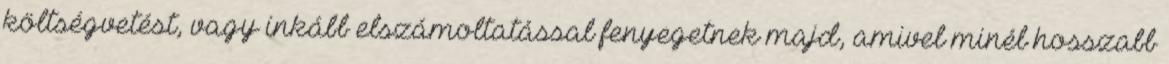
költségvetést, vagy inkább elszámoltatással fenyegetnek majd, amivel minél hosszabb